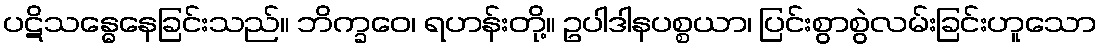
ပဋိသန္ဓေနေခြင်းသည်။ ဘိက္ခဝေ၊ ရဟန်းတို့။ ဥပါဒါနပစ္စယာ၊ ပြင်းစွာစွဲလမ်းခြင်းဟူသော